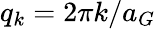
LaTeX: q_{k}=2\pi k/a_{G}